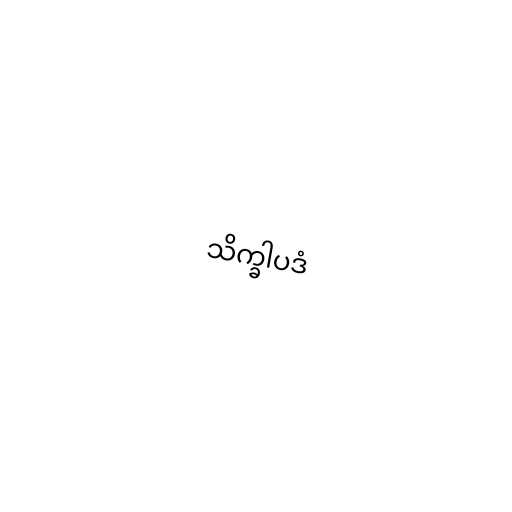
သိက္ခါပဒံ